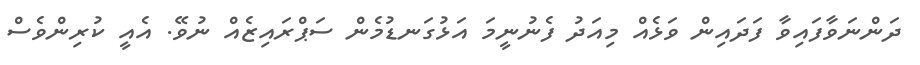
ދަންނަވާފައިވާ ފަދައިން ވަޅެއް މިއަދު ފެނުނީމަ އަޅުގަނޑުމެން ސަޕްރައިޒެއް ނުވޭ. އެއީ ކުރިންވެސް